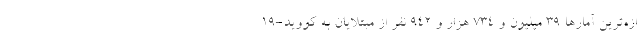
ازه‌ترین آمارها ۳۹ میلیون و ۷۳۴ هزار و ۹۴۲ نفر از مبتلایان به کووید-۱۹